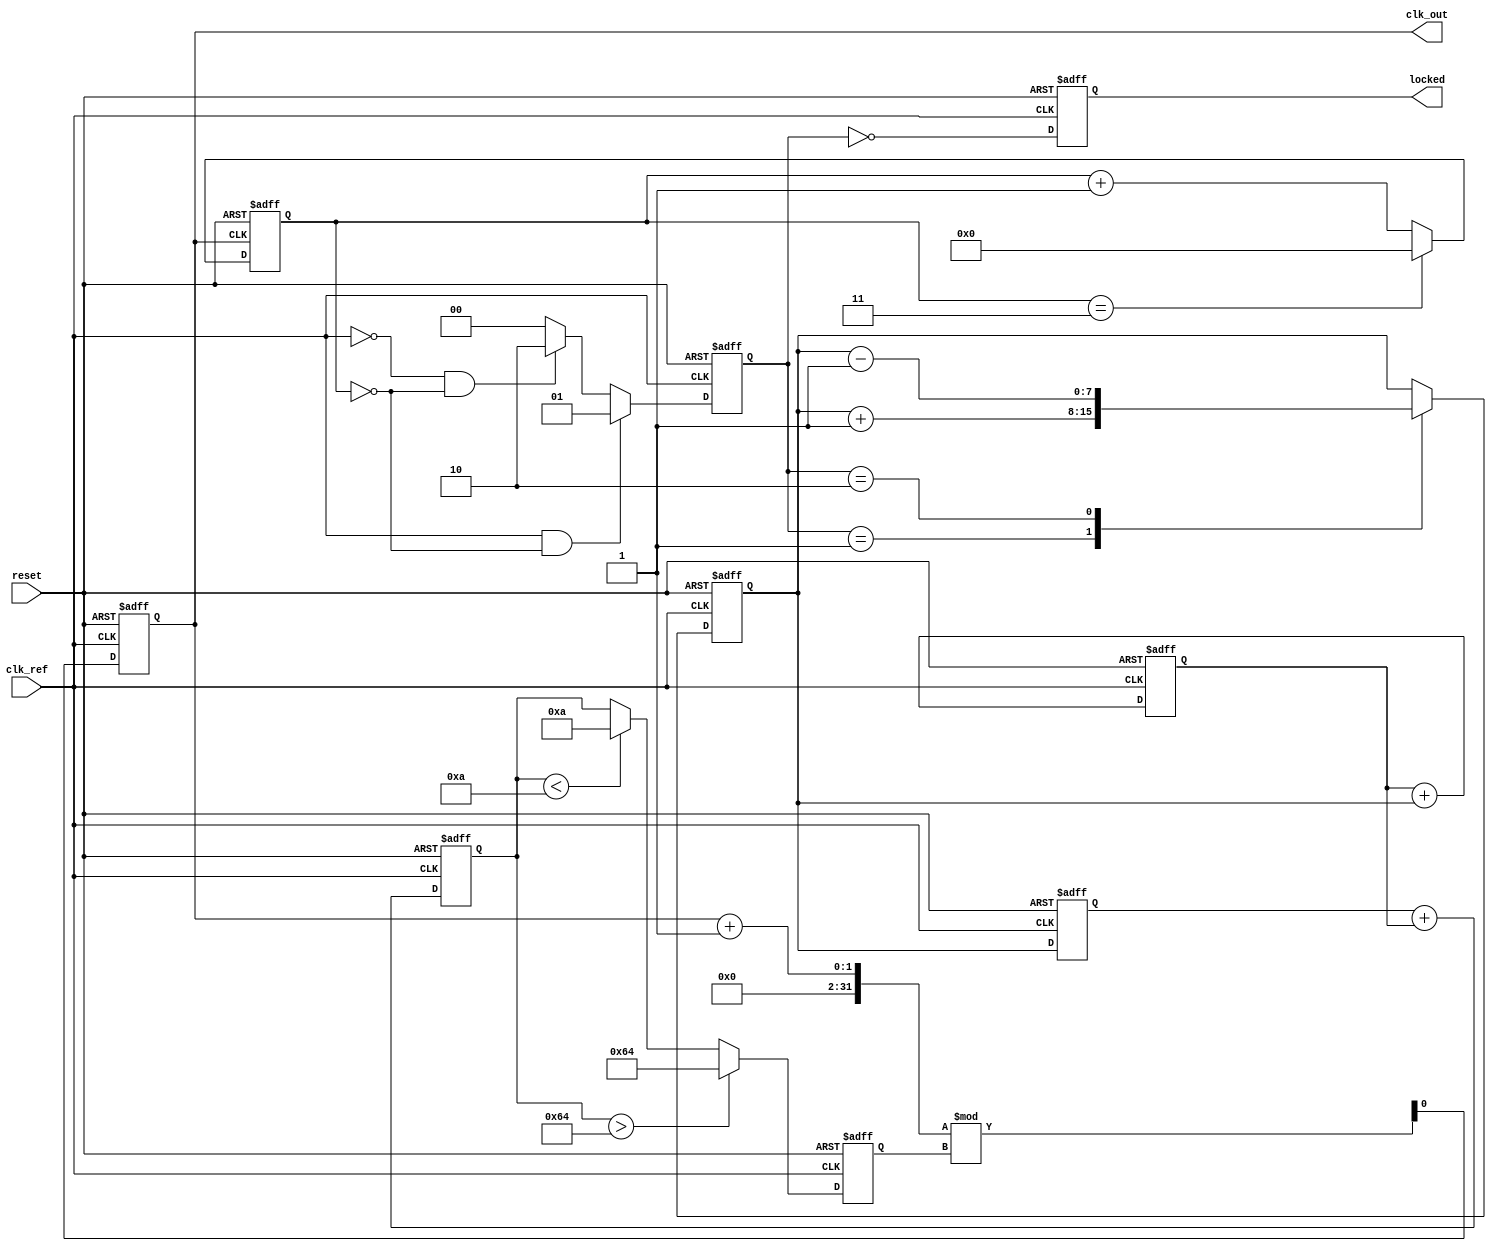
module dual_loop_pll (
    input wire clk_ref,          // Reference clock input
    input wire reset,            // Reset signal
    output reg clk_out,          // Output clock
    output reg locked            // Lock status
);

    // Parameters
    parameter integer DIV_RATIO = 4; // Frequency divider ratio
    parameter integer VCO_MAX_FREQ = 100; // Max VCO frequency
    parameter integer VCO_MIN_FREQ = 10;  // Min VCO frequency

    // Internal signals
    reg [1:0] phase_error;        // Phase error signal
    reg [7:0] charge_pump_output; // Charge pump output voltage
    reg [7:0] loop_filter_fast;    // Fast loop filter output
    reg [7:0] loop_filter_slow;    // Slow loop filter output
    reg [7:0] vco_control;         // VCO control voltage
    reg [7:0] vco_output;          // VCO output frequency
    reg [3:0] divider_count;       // Divider count for frequency division

    // Phase Detector (PD)
    always @(posedge clk_ref or posedge reset) begin
        if (reset) begin
            phase_error <= 2'b00;
        end else begin
            // Simple phase detection logic (for illustration)
            // Compare clk_ref with divided VCO output
            if (clk_ref && (divider_count == 0)) begin
                phase_error <= 2'b01; // Phase leading
            end else if (~clk_ref && (divider_count == 0)) begin
                phase_error <= 2'b10; // Phase lagging
            end else begin
                phase_error <= 2'b00; // No error
            end
        end
    end

    // Charge Pump (CP)
    always @(posedge clk_ref or posedge reset) begin
        if (reset) begin
            charge_pump_output <= 8'b0;
        end else begin
            case (phase_error)
                2'b01: charge_pump_output <= charge_pump_output + 1; // Increase voltage
                2'b10: charge_pump_output <= charge_pump_output - 1; // Decrease voltage
                default: charge_pump_output <= charge_pump_output; // Hold
            endcase
        end
    end

    // Loop Filter
    always @(posedge clk_ref or posedge reset) begin
        if (reset) begin
            loop_filter_fast <= 8'b0;
            loop_filter_slow <= 8'b0;
        end else begin
            // Fast loop filter
            loop_filter_fast <= charge_pump_output; // Simple direct output for fast filter
            // Slow loop filter (integrator)
            loop_filter_slow <= loop_filter_slow + charge_pump_output; // Integrate over time
        end
    end

    // Voltage-Controlled Oscillator (VCO)
    always @(posedge clk_ref or posedge reset) begin
        if (reset) begin
            vco_control <= 8'b0;
            vco_output <= 8'b0;
            clk_out <= 0;
            locked <= 0;
        end else begin
            // Control VCO frequency based on loop filter output
            vco_control <= loop_filter_fast + loop_filter_slow;
            // Simple frequency control logic
            if (vco_control > VCO_MAX_FREQ) begin
                vco_output <= VCO_MAX_FREQ;
            end else if (vco_control < VCO_MIN_FREQ) begin
                vco_output <= VCO_MIN_FREQ;
            end else begin
                vco_output <= vco_control;
            end
            
            // Generate output clock based on VCO output
            clk_out <= (clk_out + 1) % vco_output;
            // Check lock condition (for simplicity, assume locked when phase error is zero)
            locked <= (phase_error == 2'b00);
        end
    end

    // Frequency Divider
    always @(posedge clk_out or posedge reset) begin
        if (reset) begin
            divider_count <= 0;
        end else begin
            if (divider_count == DIV_RATIO - 1) begin
                divider_count <= 0; // Reset divider count
            end else begin
                divider_count <= divider_count + 1; // Increment divider count
            end
        end
    end

endmodule